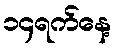
၁၄ရက်နေ့